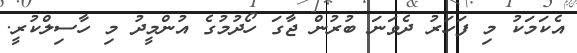
އެކަމަކު މި ފަހަރު ދެވަނަ ބުރުން ޖާގަ ހޯދުމުގެ އުންމީދު މި ހާސިލްކުރީ.